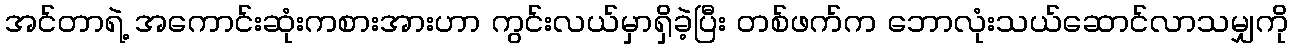
အင်တာရဲ့ အကောင်းဆုံးကစားအားဟာ ကွင်းလယ်မှာရှိခဲ့ပြီး တစ်ဖက်က ဘောလုံးသယ်ဆောင်လာသမျှကို